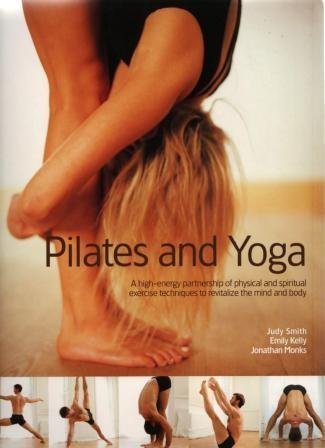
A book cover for Pilates and Yoga:  A High-Energy Partnership of Physical and Spiritual Exercise Techniques to Revitalize the Mind and Body; Judy Smith; Health, Fitness & Dieting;